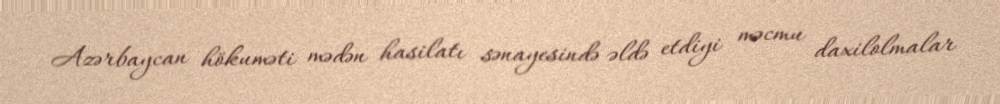
Azərbaycan hökuməti mədən hasilatı sənayesində əldə etdiyi məcmu daxilolmalar